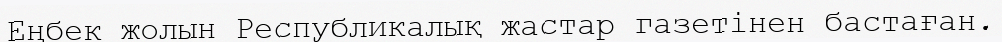
Еңбек жолын Республикалық жастар газетінен бастаған.